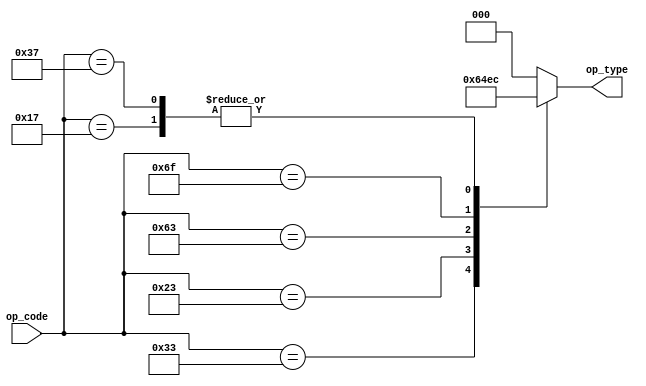
`timescale 1ns / 1ps
//////////////////////////////////////////////////////////////////////////////////
// Company: 
// Engineer: 
// 
// Design Name: 
// Module Name: InstTypeDecoder
// Project Name: 
// Target Devices: 
// Tool Versions: 
// Description: 
// 
// Dependencies: 
// 
// Revision:
// Revision 0.01 - File Created
// Additional Comments:
// 
//////////////////////////////////////////////////////////////////////////////////


module InstTypeDecoder(
    input wire[6:0]op_code,
    output wire[2:0]op_type
    );
//I=0
//S=2
//B=3
//U=4
//J=5
//R=6
    reg [2:0]inst_type;
    always@(*) begin
        case(op_code)
            7'b011_0011:inst_type = 3'h6;//R;
            7'b001_0011:inst_type = 3'h0;//I;
            7'b010_0011:inst_type = 3'h2;//S;
            7'b110_0011:inst_type = 3'h3;//B;
            7'b110_1111:inst_type = 3'h5;//J;
            7'b110_0111:inst_type = 3'h0;//I;
            7'b001_0111:inst_type = 3'h4;//U;
            7'b011_0111:inst_type = 3'h4;//U;
            7'b111_0011:inst_type = 3'h0;//I;
            default: inst_type = 3'h0;
        endcase
    end
    assign op_type = inst_type;
endmodule